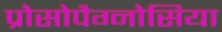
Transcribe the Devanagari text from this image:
प्रोसोपैग्नोसिया